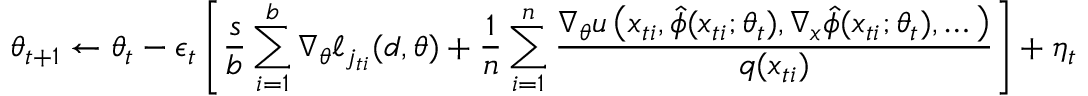
\theta _ { t + 1 } \leftarrow \theta _ { t } - \epsilon _ { t } \left[ \frac { s } { b } \sum _ { i = 1 } ^ { b } \nabla _ { \theta } \ell _ { j _ { t i } } ( d , \theta ) + \frac { 1 } { n } \sum _ { i = 1 } ^ { n } \frac { \nabla _ { \theta } u \left( x _ { t i } , \hat { \phi } ( x _ { t i } ; \theta _ { t } ) , \nabla _ { x } \hat { \phi } ( x _ { t i } ; \theta _ { t } ) , \dots \right) } { q ( x _ { t i } ) } \right] + \eta _ { t }